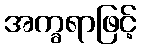
အက္ခရာဖြင့်